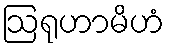
ဩရုဟာမိဟံ